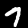
Label: 7